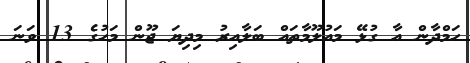
ހަމްދާން އާ ގުޅޭ މައުލޫމާތައް ބަލާއިރު މިދިޔަ ޖޫން މަހުގެ 13 ވަނަ